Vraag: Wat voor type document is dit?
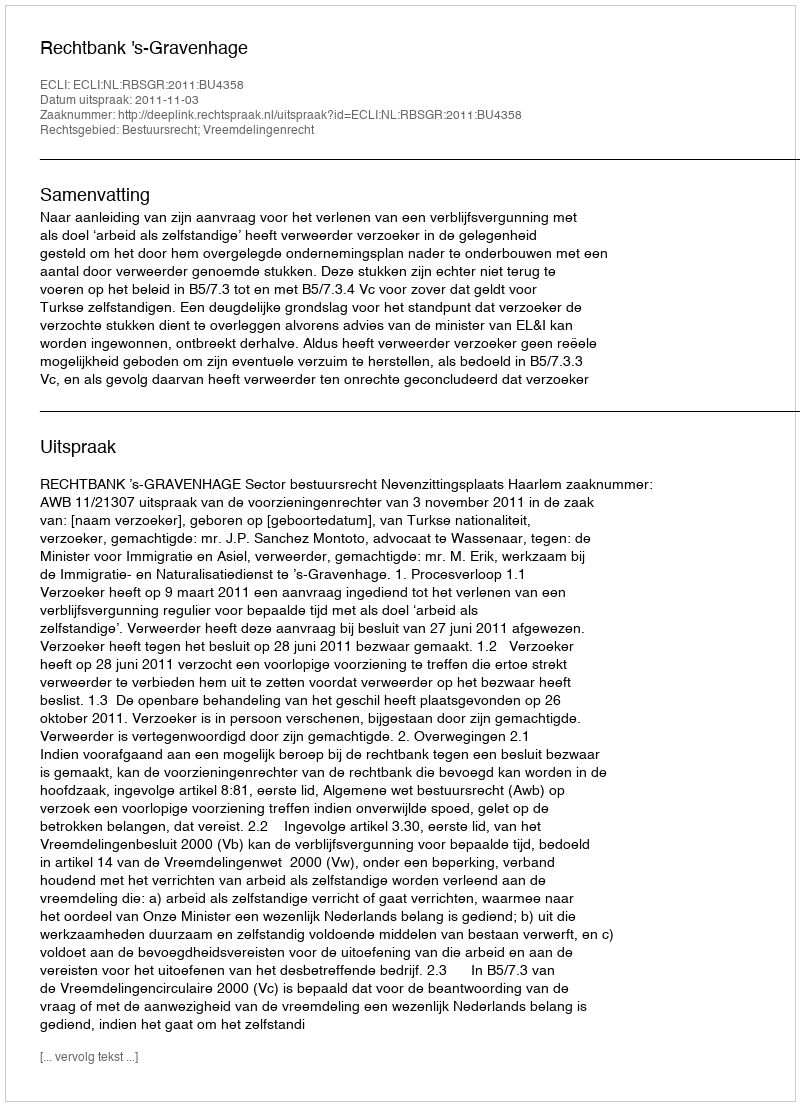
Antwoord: Uitspraak